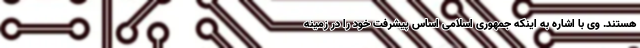
هستند. وی با اشاره به اینکه جمهوری اسلامی اساس پیشرفت خود را در زمینه